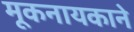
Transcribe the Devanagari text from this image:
मूकनायकाने